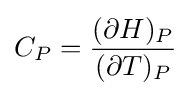
C_{P}={\frac {(\partial H)_{P}}{(\partial T)_{P}}}